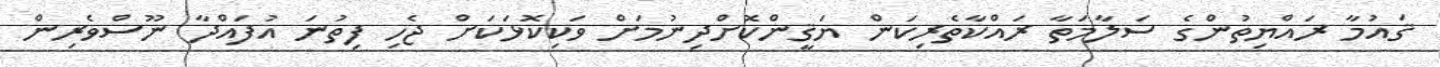
ޤައުމާ ރައްޔިތުންގެ ސަލާމަތާ ރައްކާތެރިކަން ޔަޤީންކޮށްދިނުމަށް ވަކިކޮޅަކަށް ޖެހި ފިތުނަ އުފައްދާ ނޫސްވެރިން